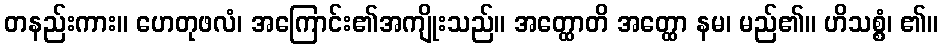
တနည်းကား။ ဟေတုဖလံ၊ အကြောင်း၏အကျိုးသည်။ အတ္ထောတိ အတ္ထော နမ၊ မည်၏။ ဟိသစ္စံ၊ ၏။